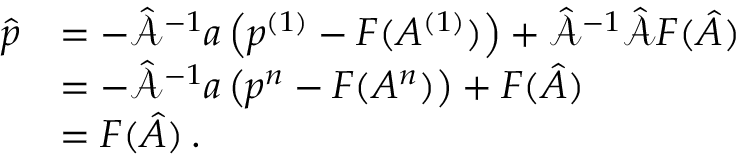
\begin{array} { r l } { \hat { \boldsymbol { p } } } & { = - \hat { \mathcal { A } } ^ { - 1 } \boldsymbol { a } \left( p ^ { ( 1 ) } - F ( A ^ { ( 1 ) } ) \right) + \hat { \mathcal { A } } ^ { - 1 } \hat { \mathcal { A } } \boldsymbol { F } ( \boldsymbol { \hat { A } } ) \, } \\ & { = - \hat { \mathcal { A } } ^ { - 1 } \boldsymbol { a } \left( p ^ { n } - F ( A ^ { n } ) \right) + \boldsymbol { F } ( \boldsymbol { \hat { A } } ) \, } \\ & { = \boldsymbol { F } ( \boldsymbol { \hat { A } } ) \, . } \end{array}